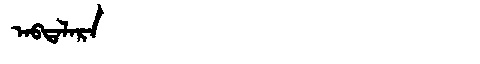
Manchu: ᠠᠪᡨᠠᠯᠠᡵᠠ
Romanization: ABTALARA